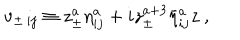
v _ { \pm \, i j } \equiv z _ { \pm } ^ { a } { \eta } _ { i j } ^ { a } + i z _ { \pm } ^ { a + 3 } { \bar { \eta } } _ { i j } ^ { a } z \ ,